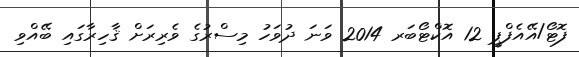
ފޮޓޯ/އޭއެފްޕީ 12 އޮކްޓޯބަރ 2014 ވަނަ ދުވަހު މިސްރުގެ ވެރިރަށް ޤާހިރާގައި ބޭއްވި